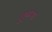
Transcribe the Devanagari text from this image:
गुरुप्पा